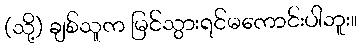
(သို့) ချစ်သူက မြင်သွားရင်မကောင်းပါဘူး။